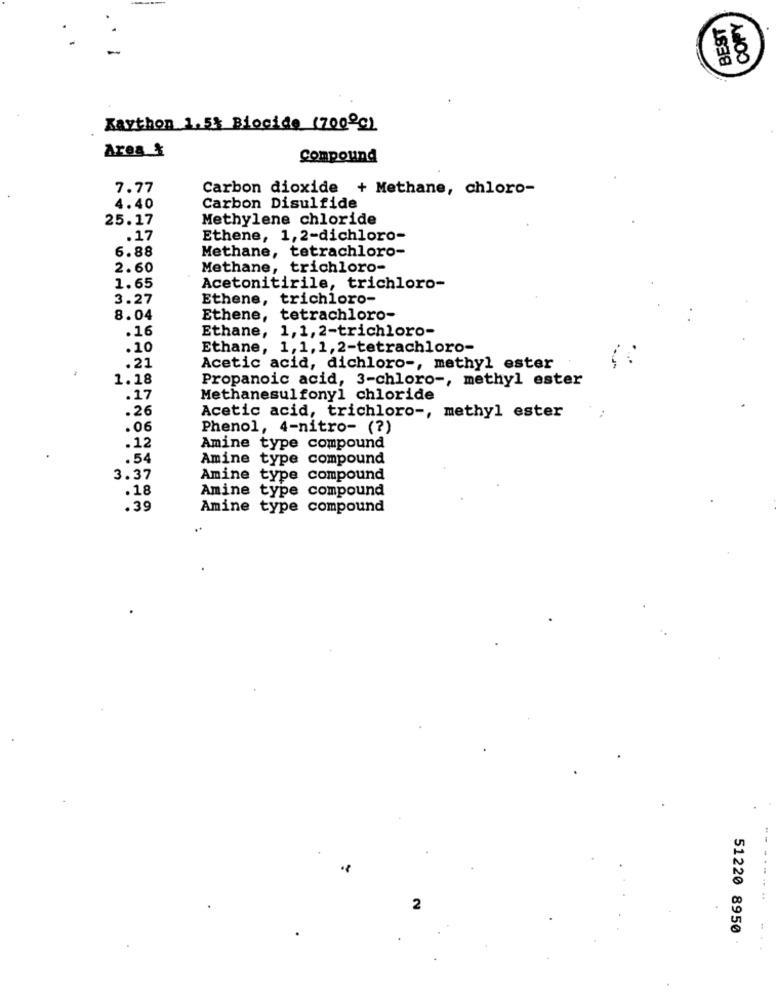
COPY
BEST
Kaython 1,5% Biocide (700ºC)
Ares &
Compound
7.77
Carbon dioxide + Methane, chloro-
4.40
Carbon Disulfide
25.17
Methylene chloride
.17
Ethene, 1,2-dichloro-
6.88
Methane, tetrachloro-
2.60
Methane, trichloro-
1.65
Acetonitirile, trichloro-
3.27
Ethene, trichloro-
8.04
Ethene, tetrachloro-
.16
Ethane, 1,1, 2-trichloro-
.10
Ethane, 1,1, 1, 2-tetrachloro-
.21
Acetic acid, dichloro -, methyl ester
1.18
Propanoic acid, 3-chloro -, methyl ester
.17
Methanesulfonyl chloride
.26
Acetic acid, trichloro -, methyl ester
.06
Phenol, 4-nitro- (?)
.12
Amine type compound
.54
Amine type compound
3.37
Amine type compound
.18
Amine type compound
.39
Amine type compound
-.....
2
51220 8950